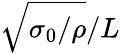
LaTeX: \sqrt{\sigma_{0}/\rho}/L